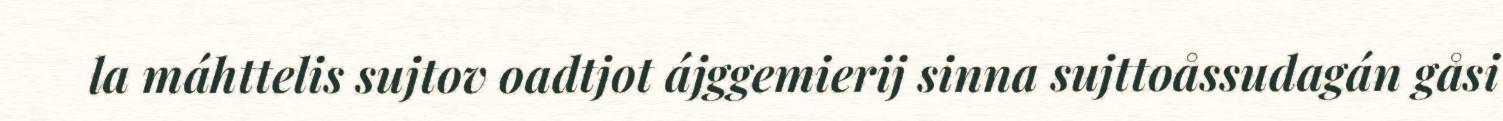
la máhttelis sujtov oadtjot ájggemierij sinna sujttoåssudagán gåsi